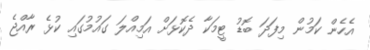
އެހެން ކަމުން މިފަދަ ބޮޑު ޓީމަކާ ދެކޮޅަށް އަމިއްލަ ގައުމުގައި ކުޅެ ރާއްޖެ